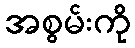
အစွမ်းကို